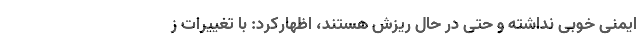
ایمنی خوبی نداشته و حتی در حال ریزش هستند، اظهارکرد: با تغییرات ز